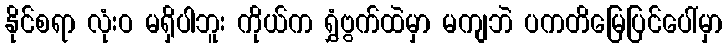
နိုင်စရာ လုံးဝ မရှိပါဘူး ကိုယ်က ရွှံဗွက်ထဲမှာ မကျဘဲ ပကတိမြေပြင်ပေါ်မှာ